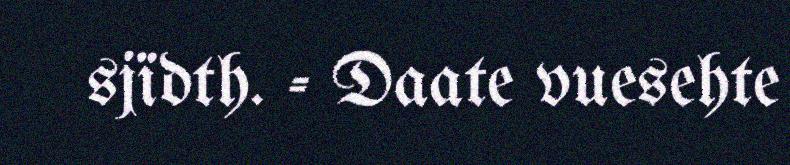
sjïdth. - Daate vuesehte